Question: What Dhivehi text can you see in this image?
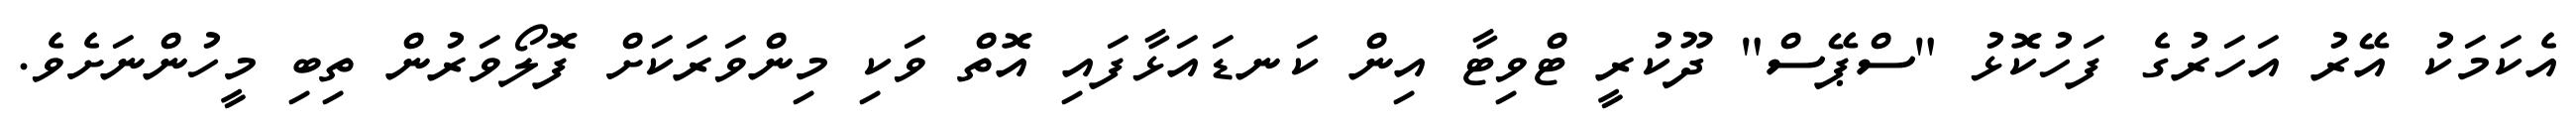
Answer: އެކަމަކު އޭރު އަހަރުގެ ފަހުކޮޅު "ސްޕޭސް" ދޫކުރީ ޓްވިޓާ އިން ކަނޑައަޅާފައި އޮތް ވަކި މިންވަރަކަށް ފޮލޯވަރުން ތިބި މީހުންނަށެވެ.